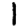
Digit: 1